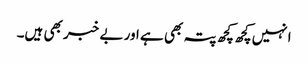
انہیں کچھ کچھ پتہ بھی ہے اور بے خبر بھی ہیں۔